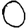
Digit: 0